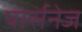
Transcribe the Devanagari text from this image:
पार्सनेज